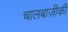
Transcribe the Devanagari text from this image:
चालबाज़ीकी